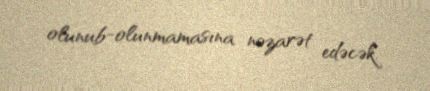
olunub-olunmamasına nəzarət edəcək.